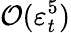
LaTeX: \mathcal{O}(\varepsilon_{t}^{5})